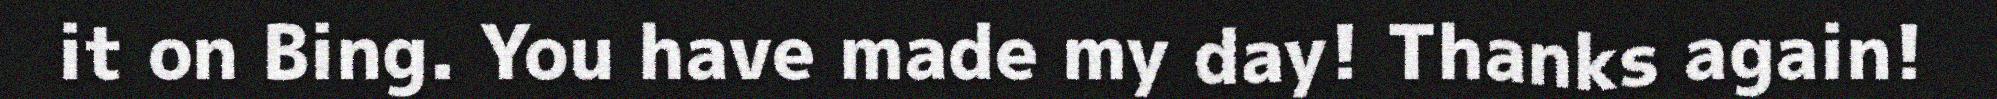
it on Bing. You have made my day! Thanks again!